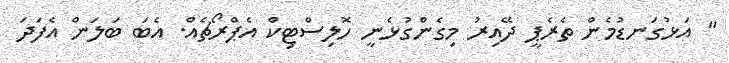
" އަޅުގަނޑުމެން ތެރެޕީ ދޭއިރު މިގެންގުޅެނީ ހޮލިސްޓިކް އެޕްރޯޗެެއް. އެބަ ބަލަން އެފަދަ